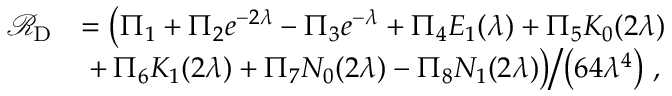
\begin{array} { r l } { \mathcal { R } _ { \mathrm { D } } } & { = \big ( \Pi _ { 1 } + \Pi _ { 2 } e ^ { - 2 \lambda } - \Pi _ { 3 } e ^ { - \lambda } + \Pi _ { 4 } E _ { 1 } ( \lambda ) + \Pi _ { 5 } K _ { 0 } ( 2 \lambda ) } \\ & { \, \left. + \, \Pi _ { 6 } K _ { 1 } ( 2 \lambda ) + \Pi _ { 7 } N _ { 0 } ( 2 \lambda ) - \Pi _ { 8 } N _ { 1 } ( 2 \lambda ) \big ) \middle / \left( 6 4 \lambda ^ { 4 } \right) \right. , } \end{array}